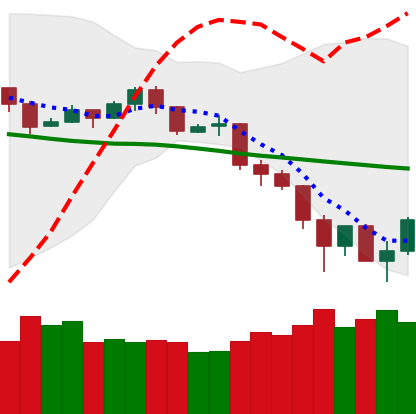
Ticker: TRX-USD
Chart end date: 2019-11-26
Forward return: 3.457%
Label: up_3_5